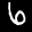
Label: 6